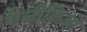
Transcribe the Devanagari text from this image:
गैलीलिओ